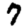
Digit: 7